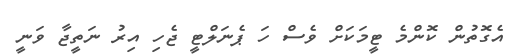
އެގޮތުން ކޮންމެ ޓީމަކަށް ވެސް ހަ ޕެނަލްޓީ ޖެހި އިރު ނަތީޖާ ވަނީ